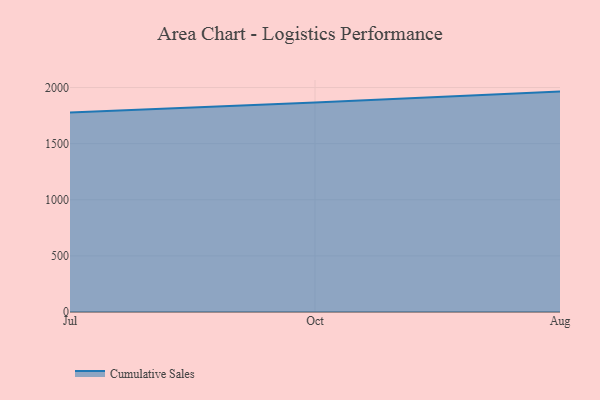
{"axis": {"x": "Month", "y": "Production Output"}, "legend": ["Cumulative Sales"], "data": [{"x": "Jul", "y": 1777.9, "type": "Cumulative Sales"}, {"x": "Oct", "y": 1867.0, "type": "Cumulative Sales"}, {"x": "Aug", "y": 1963.9, "type": "Cumulative Sales"}]}